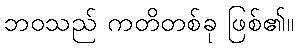
ဘဝသည် ကတိတစ်ခု ဖြစ်၏။